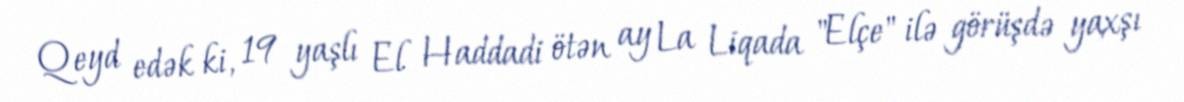
Qeyd edək ki, 19 yaşlı El Haddadi ötən ay La Liqada "Elçe" ilə görüşdə yaxşı